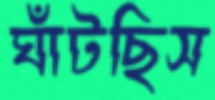
ঘাঁটছিস